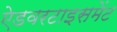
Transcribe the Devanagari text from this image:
ऐडवरटाइसमेंट